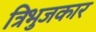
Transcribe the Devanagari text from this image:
त्रिभुजकार